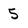
Character: 5